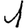
Digit: 1